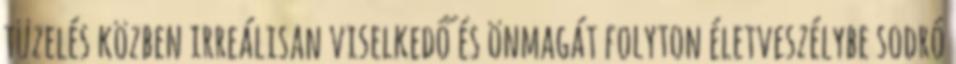
tüzelés közben irreálisan viselkedő és önmagát folyton életveszélybe sodró